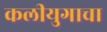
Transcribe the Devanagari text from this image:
कलीयुगाचा